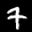
Label: 7